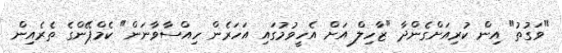
"ވަގުތު" އިން ކުރިއަށްގެންދާ "ޒާހިލް އަށް އެހީވުމުގައި އަހަރެން ހިއްސާވާނަން" ކެމްޕޭންގެ ތެރެއިން